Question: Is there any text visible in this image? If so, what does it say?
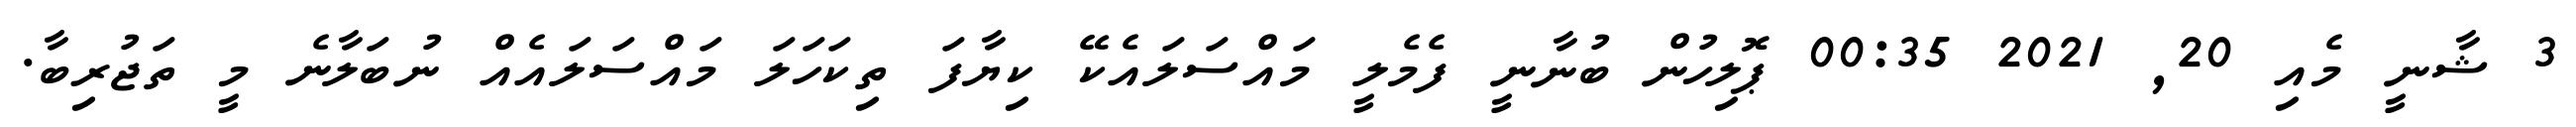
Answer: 3 ޝާނީ މެއި 20, 2021 00:35 ޕޮލިހުން ބުނާނީ ފެމެލީ މައްސަލައެކޭ ކިޔާފަ ތިކަހަލަ މައްސަލައެއް ނުބަލާނެ މީ ތަޖުރިބާ.